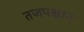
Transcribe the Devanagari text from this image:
तजपश्चात्